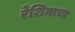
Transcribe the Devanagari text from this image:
रेशिमाचा